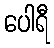
ပေါရီ